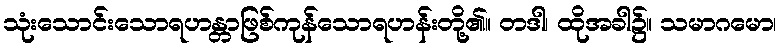
သုံးသောင်းသောရဟန္တာဖြစ်ကုန်သောရဟန်းတို့၏။ တဒါ၊ ထိုအခါ၌။ သမာဂမော၊